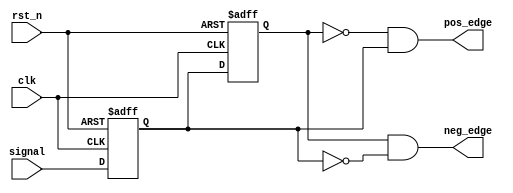
module edge_check (
	input clk,    // Clock
	input signal, 
	input rst_n,  // Asynchronous reset active low
	output pos_edge,
	output neg_edge
	
);
	
	reg sig_r0, sig_r1;  // 
	always @ (posedge clk or negedge rst_n)
		    if (!rst_n) begin 
		        sig_r0 <= 1'b0;
		        sig_r1 <= 1'b0;
		    end 
	    else 
		    begin 
		        sig_r0 <= signal;
		        sig_r1 <= sig_r0;
		    end 

	assign pos_edge = (~sig_r1) & (sig_r0);
	assign neg_edge = sig_r1 & (~sig_r0);  


endmodule